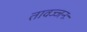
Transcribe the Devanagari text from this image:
तावज्जनः